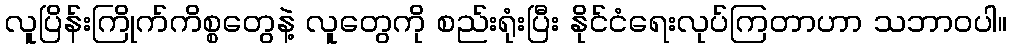
လူပြိန်းကြိုက်ကိစ္စတွေနဲ့ လူတွေကို စည်းရုံးပြီး နိုင်ငံရေးလုပ်ကြတာဟာ သဘာဝပါ။